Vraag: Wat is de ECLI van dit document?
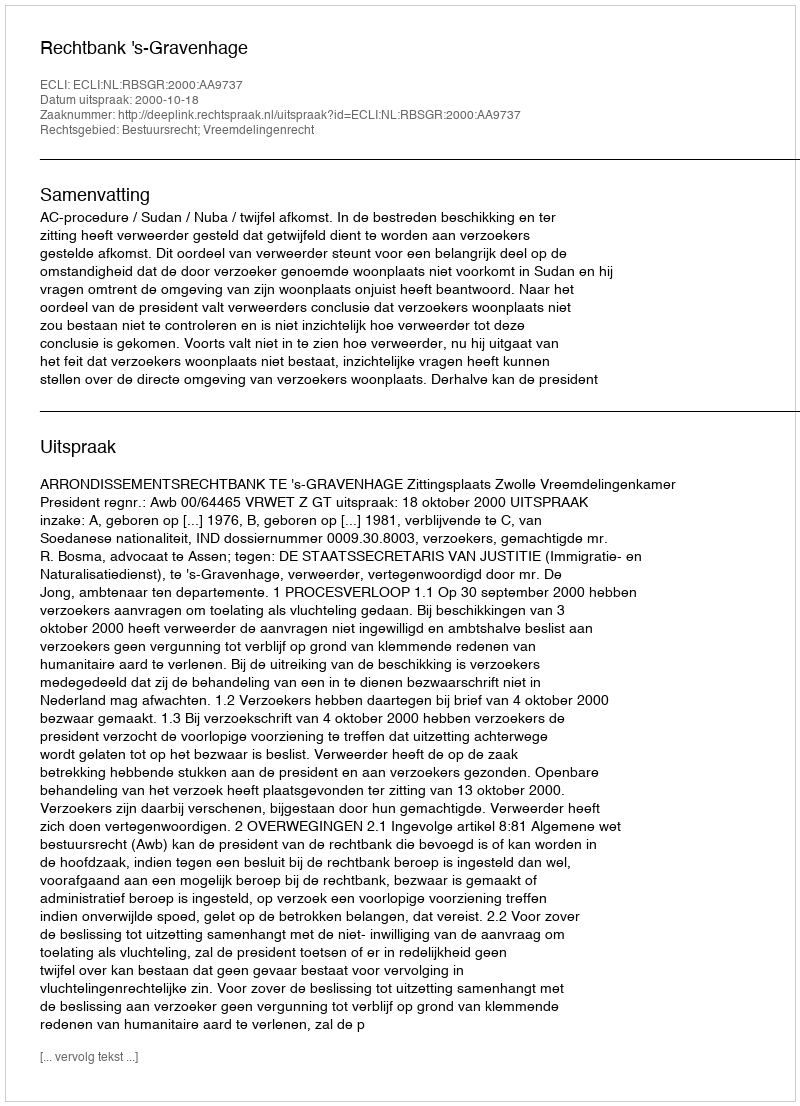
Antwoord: ECLI:NL:RBSGR:2000:AA9737